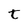
Character: t